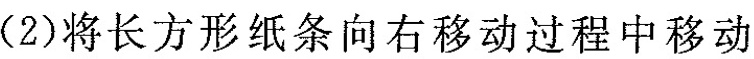
(2)将长方形纸条向右移动过程中移动